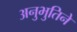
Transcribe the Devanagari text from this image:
अनुभुतिने